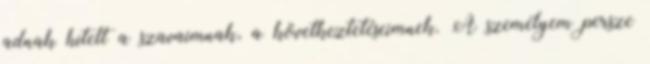
adnak hitelt a szavaimnak, a következteté­se­im­nek. A személyem persze